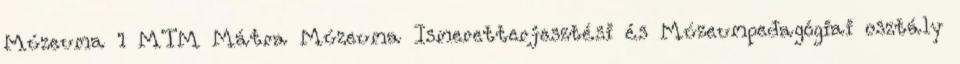
Múzeuma 1 MTM Mátra Múzeuma Ismeretterjesztési és Múzeumpedagógiai osztály